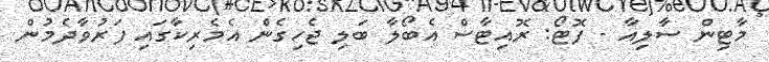
މާޓިން ސާލިއާ - ފޮޓޯ: ރޮއިޓާސް އެބޯލާ ބަލި ޖެހިގެން އެމެރިކާގައި ފަރުވާދެމުން